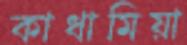
কাধামিয়া